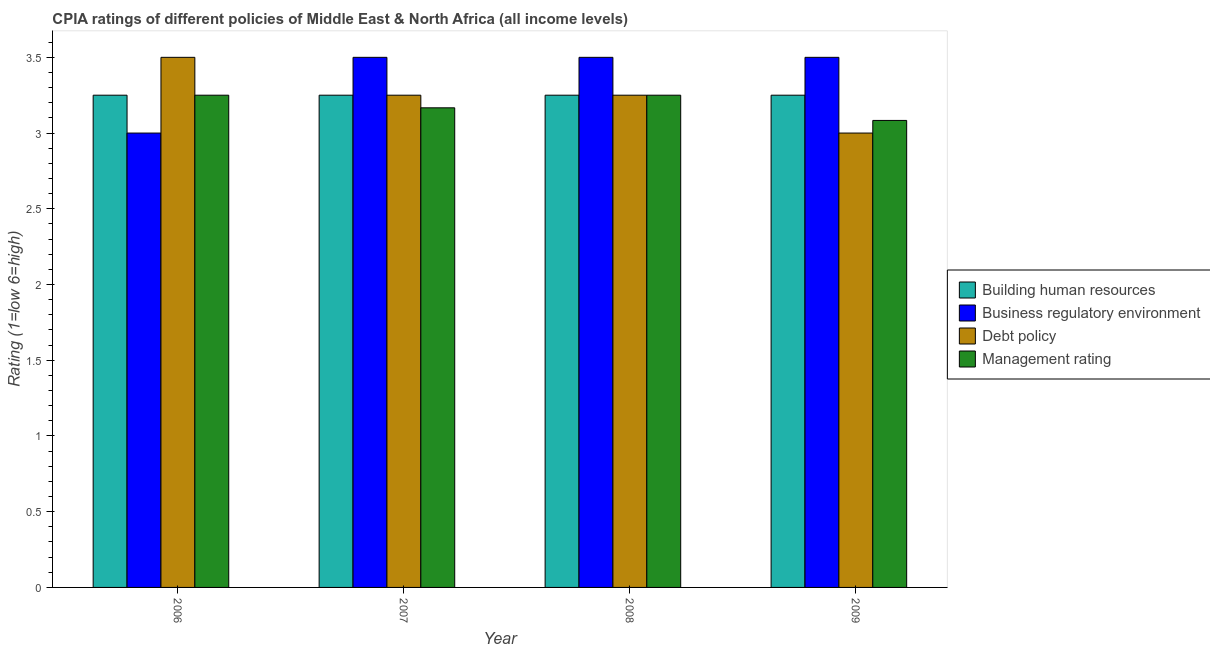
| Year | Building human resources | Business regulatory environment | Debt policy | Management rating |
 | --- | --- | --- | --- | --- |
 | 2006 | 3.25 | 3 | 3.5 | 3.25 |
 | 2007 | 3.25 | 3.5 | 3.25 | 3.17 |
 | 2008 | 3.25 | 3.5 | 3.25 | 3.25 |
 | 2009 | 3.25 | 3.5 | 3 | 3.08 |